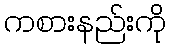
ကစားနည်းကို